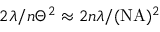
2 \lambda / n \Theta ^ { 2 } \approx 2 n \lambda / ( \mathrm { N A } ) ^ { 2 }